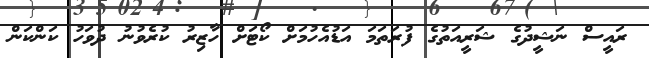
ރައީސް ނަޝީދުގެ ޝަރީއަތުގެ ފުރަތަމަ އަޑުއެހުމަށް ކޯޓަށް ހާޒިރު ކުރެވުނު ދުވަހު ކަންކަން